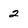
Character: 2